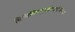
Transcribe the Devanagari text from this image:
विधिविष्णुमहेन्द्राद्यैर्वन्द्यः